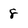
Character: 8